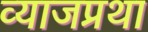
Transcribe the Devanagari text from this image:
व्याजप्रथा